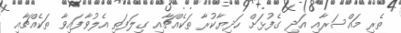
ތެރި މައްސަރާއި އަދި ގެފުޅަށް ހަދިޔާކުރާ ތަކެއްޗާއި ގިލަފަތި އެލުވާފައިވާ ތަކެއްޗާއި